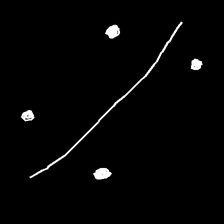
Glyph: cool